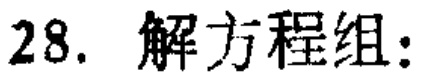
28. 解方程组: